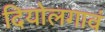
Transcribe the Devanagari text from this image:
दियोलगावं